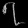
Digit: ၇